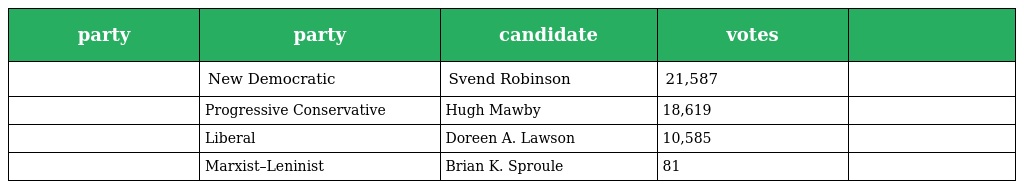
| party | party | candidate | votes |  |
 | --- | --- | --- | --- | --- |
 |  | New Democratic | Svend Robinson | 21,587 |  |
 |  | Progressive Conservative | Hugh Mawby | 18,619 |  |
 |  | Liberal | Doreen A. Lawson | 10,585 |  |
 |  | Marxist–Leninist | Brian K. Sproule | 81 |  |